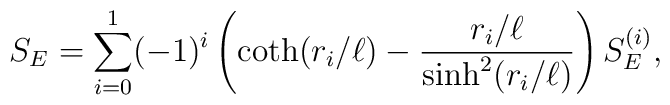
S_E= \sum_{i=0}^1 (-1)^i \left(\coth(r_i/\ell)-{r_i/\ell\over\sinh^2(r_i/\ell)}\right)S_E^{(i)},